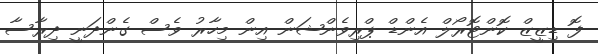
ފޮ ޑިޒީޒް ކޮންޓޮރޯލް އެންޑް ޕްރިވެންޝަން އިން މިހާރު ވެސް ގެންދަނީ ދިރާސާ